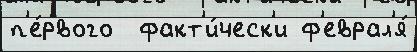
п'е́рвого  факт'и́ческ'и ф'еврал'я́